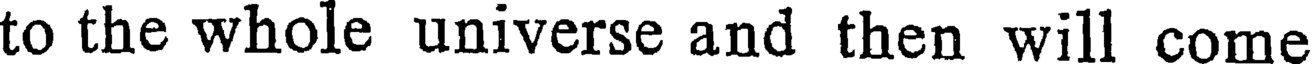
to the whole universe and then will come